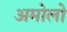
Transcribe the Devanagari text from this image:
अमोलो